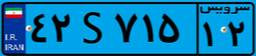
۴۲S۷۱۵۱۲